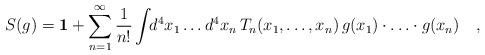
LaTeX: \begin{align*}S(g)={\bf 1}+\sum_{n=1}^{\infty}\frac{1}{n!} \int\!\! d^{4}x_{1}\ldots d^{4}x_{n}\, T_{n}(x_{1},\ldots, x_{n})\,g(x_{1})\cdot\ldots\cdot g(x_{n})\quad ,\end{align*}